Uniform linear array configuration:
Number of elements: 8
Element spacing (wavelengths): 0.25
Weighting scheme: binomial
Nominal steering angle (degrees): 60
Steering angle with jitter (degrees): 60.386
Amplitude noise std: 0.05
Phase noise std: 0.05

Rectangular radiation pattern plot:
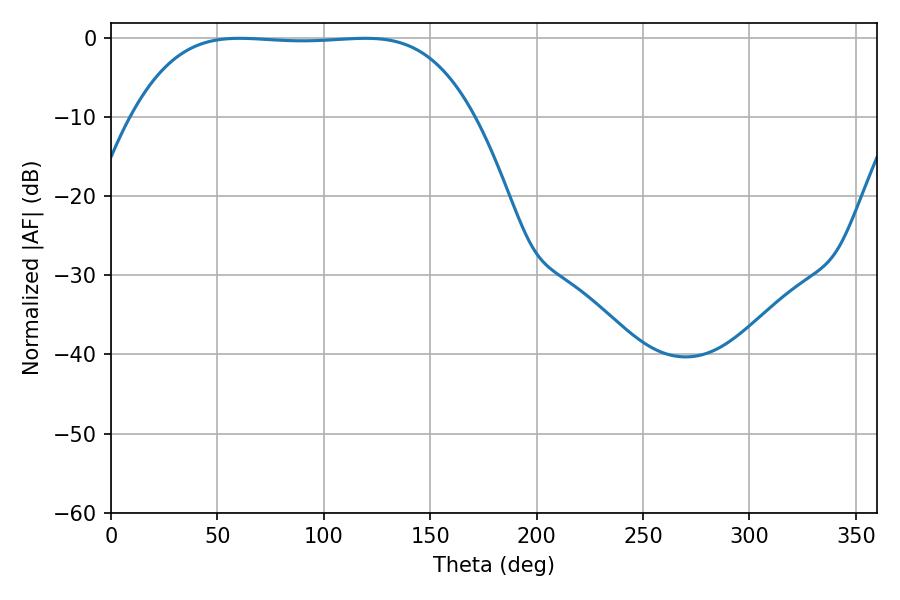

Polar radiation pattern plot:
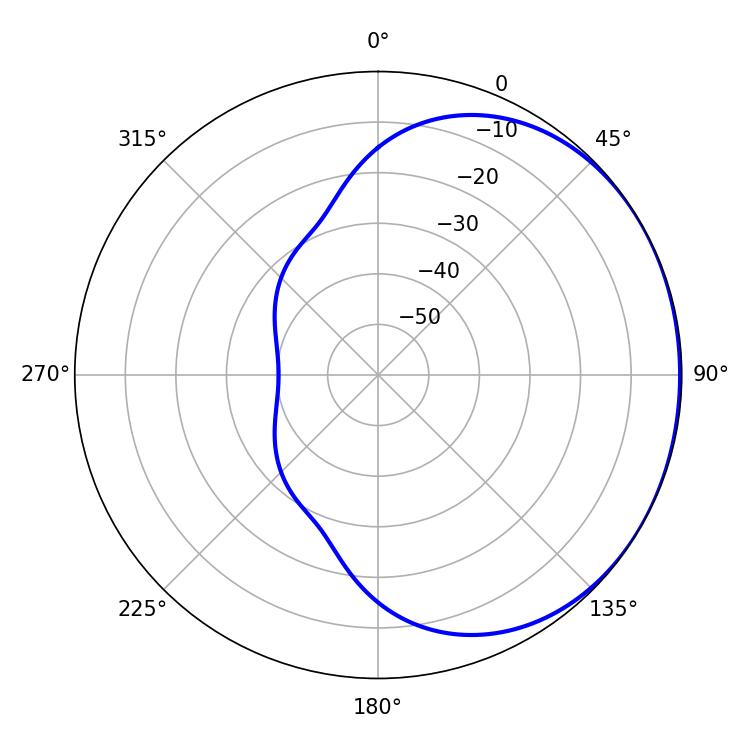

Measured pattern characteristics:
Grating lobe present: FALSE
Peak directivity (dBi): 0.7483
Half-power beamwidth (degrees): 123.84
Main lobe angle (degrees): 60.48